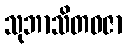
သုဘာသိတဓဇာ